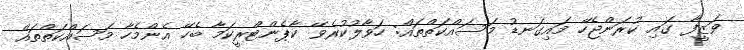
ވަޒީފާ ގައި ކުރަންޖެހޭ މައިގަނޑު މަސައްކަތްތައް: ހަވާލުކުރެވޭ ކާޕެންޓްރީކަމާ ބެހޭ އެންމެހާ މަސައްކަތްތައް